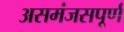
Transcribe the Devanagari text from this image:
असमंजसपूर्ण